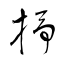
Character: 抒